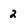
Character: 2